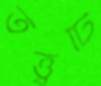
তত্ত্বটি